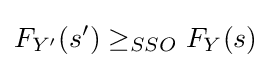
F_{Y'}(s')\geq _{SSO}F_{Y}(s)